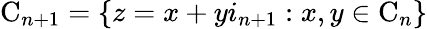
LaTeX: {\mathrm{C}}_{n+1}=\lbrace z=x+yi_{n+1}:x,y\in{\mathrm{C}}_{n}\rbrace